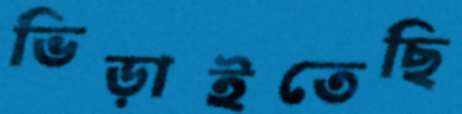
ভিড়াইতেছি